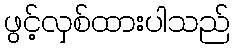
ဖွင့်လှစ်ထားပါသည်